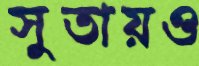
সুতায়ও